Report of the King Institute of Preventive Medicine, Guindy
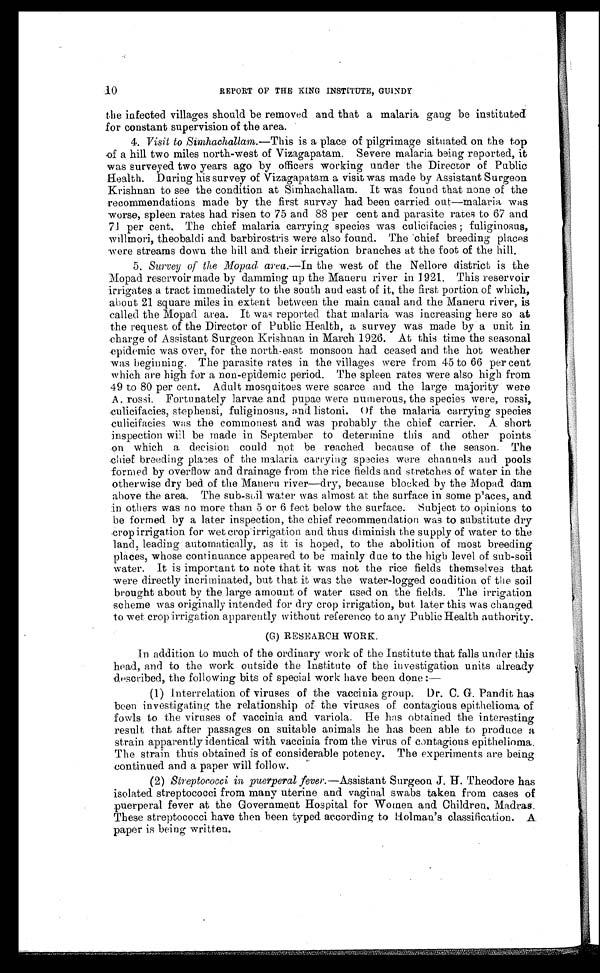
10
REPORT OF THE KING INSTITUTE, GUINDY
the infected villages should be removed and that a malaria gang be instituted
for constant supervision of the area.
4. Visit to Simhachallam. —This is a place of pilgrimage situated. on the top
of a hill two miles north-west of Vizagapatam. Severe malaria being reported, it
was surveyed two years ago by officers working under the Director of Public
Health. During his survey of Vizagapatam a visit was made by Assistant Surgeon
Krishnan to see the condition at Simhachallam. It was found that none of the
recommendations made by the first survey had been carried out—malaria was
worse, spleen rates had risen to 75 and 88 per cent and parasite rates to 67 and
71 per cent. The chief malaria carrying species was culicifacies; fuliginosus,
willmori, theobaldi and barbirostris were also found. The chief breeding places
were streams down the hill and their irrigation branches at the foot of the hill.
5. Survey of the Mopad area.—In the west of the Nellore district is the
Mopad reservoir made by damming up the Maneru river in 1921. This reservoir
irrigates a tract immediately to the south and east of it, the first portion of which,
about 21 square miles in extent between the main canal and the Maneru river, is
called the Mopad area. It was reported that malaria was increasing here so at
the request of the Director of Public Health, a survey was made by a unit in
charge of Assistant Surgeon Krishnan in March 1926. At this time the seasonal
epidemic was over, for the north-east monsoon had ceased and the hot weather
was beginning. The parasite rates in the villages were from 45 to 66 per cent
which are high for a non-epidemic period. The spleen rates were also high from
49 to 80 per cent. Adult mosquitoes were scarce and the large majority were
A rossi. Fortunately larvae and pupae were numerous, the species were, rossi,
culicifacies, stephensi, fuliginosus, and listoni. Of the malaria carrying species
culicifacies was the commonest and was probably the chief carrier. A short
inspection will be made in September to determine this and other points
on which a decision could not be reached because of the season. The
chief breeding places of the malaria carrying species were channels and. pools
formed by overflow and drainage from the rice fields and stretches of water in the
otherwise dry bed of the Maneru river—dry, because blocked by the Mopad dam
above the area. The sub-soil water was almost at the surface in some places, and
in others was no more than 5 or 6 feet below the surface. Subject to opinions to
be formed by a later inspection, the chief recommendation was to substitute dry
crop irrigation for wet crop irrigation and thus diminish the supply of water to the
land, leading automatically, as it is hoped, to the abolition of most breeding
places, whose continuance appeared to be mainly due to the high level of sub-soil
water. It is important to note that it was not the rice fields themselves that
were directly incriminated, but that it was the water-logged condition of the soil
brought about by the large amount of water used on the fields. The irrigation
scheme was originally intended for dry crop irrigation, but, later this was changed
to wet crop irrigation apparently without reference to any Public Health authority.
(G) RESEARCH WORK.
In addition to much of the ordinary work of the Institute that falls under this
head, and to the work outside the institute of the investigation units already
described, the following bits of special work have been done:
—
(1) Interrelation of viruses of the vaccinia group. Dr. C. G. Pandit has
been investigating the relationship of the viruses of contagious epithelioma of
fowls to the viruses of vaccinia and variola. He has obtained the interesting
result that after passages on suitable animals he has been able to produce a
strain apparently identical with vaccinia from the virus of contagious epithelioma.
The strain thus obtained. is of considerable potency. The experiments are being
continued and a paper will follow.
(2) Streptococci in puerperal fever. —Assistant Surgeon. J. H. Theodore has
isolated streptococci from many uterine and vaginal swabs taken from cases of
puerperal fever at the Government Hospital for Women and Children. Madras.
These streptococci have then been typed according to Holman's classification. A.
paper is being written.